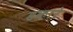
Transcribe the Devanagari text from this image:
हकारे